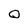
Character: 0